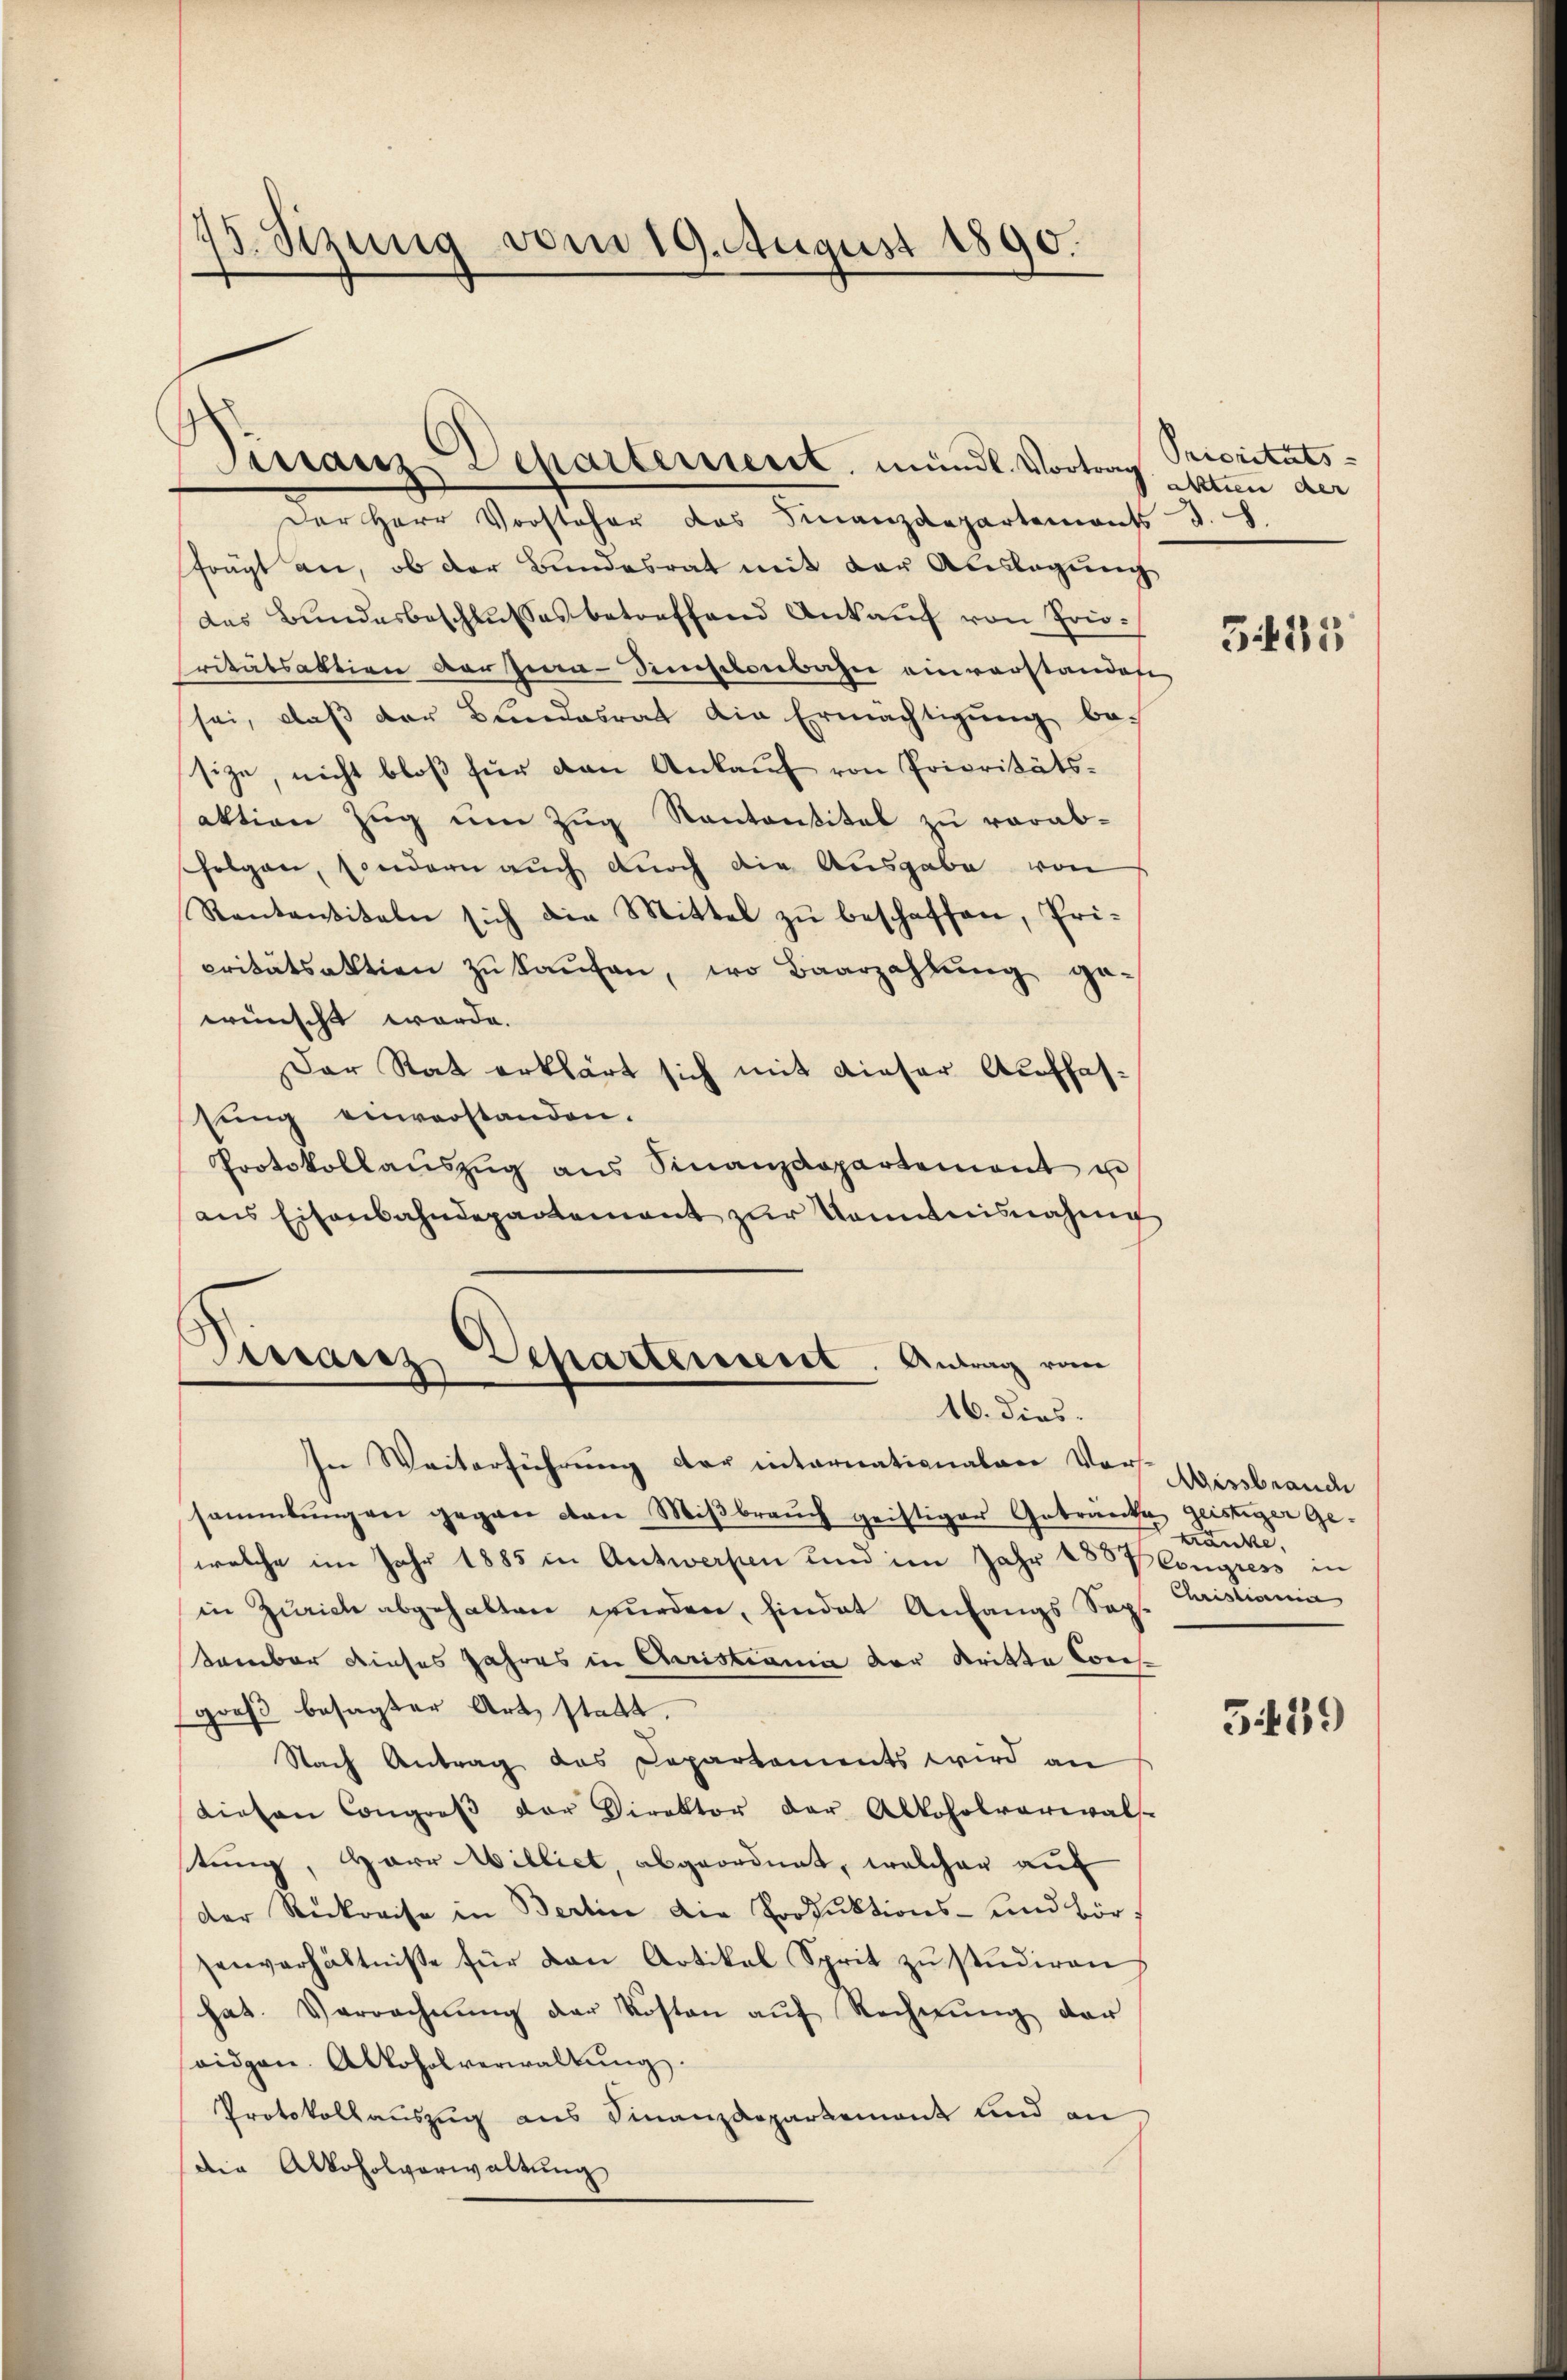
45. Sizung vom 19. August 1890.

Finanz-Departement mündl. Vortrag

Virranz Departement. Antrag vom
16. dies

In Weiterführung der internationalen Vor
sammlungen gegen von Miβbraŭch geistiger Getränke geistiger Ge-
welche im Jahr 1885 in Antwerfen und im Jahr 1887 Congress in
in Zürich abgehalten wurden, hindet Anfangs Sop
Samber dieses Jahres in Cristiania der Kritte Consgroß besagter Art statt.
Nach Antrag das Departements wird an
dirten Congreß der Direktor der Alkoholverwal-
stung, Herr Williet, abgeordnet, welcher auf
der Rückreise in Berlin die Vorsuktions- und Bör
senverhältnisse für den Artikel Sprit zŭ studiren
hat. Verrechnŭng der Kosten auf Rechnung der
ridgen. Alkoholverwaltŭng.
Protokollauszug aus Finanzdepartement und an
die Alkoholverwaltung

Der Herr Vorsteher das Finanzdepartements
frägt an, ob der Bundesrat mit der Auslagung
das Bundesbeschlŭsses betreffend Ankaŭf von Frisritätsaktion der Jura-Sinischenbahn einverstandest
sei, daβ der Bundesrat die Ermächtigŭng be-
size, nicht bloß für den Ankauf von Prioritätsaktion Zŭg ŭm Zŭg Kantantitel zu vorab-
folgen, sondern auch durch die Ausgabe von
Rantantikeln sich die Mittel zu beschaffen, Pricritätsaktion zŭ kaŭfen, wo Baarzahlŭng ge-
wünscht werde.
Der Rat erklärt sich mit dieser Auffassung einverstanden.
Protokollaŭszŭg ans Finanzdepartement u
ans Eisenbahndepartement zŭr Kommnisnahme

Prioritäts-
altten der
d

325

Missbrauch
tränke.
Christiani

3439